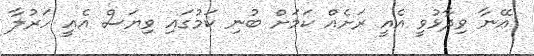
އޭނާ ވިދާޅުވީ އެއީ ރަށެއް ކަމަށް ބުނި ކަމުގައި ވިޔަސް އެއީ ހަރުލާ